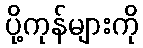
ပို့ကုန်များကို